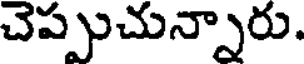
చెప్పుచున్నారు.